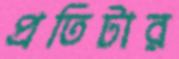
প্রতিটার